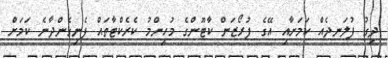
ދިގު ފުލަނދެއް ކަމަށާއި އޭގެ ފުރޯޒަން ކާޓޫންގެ މުހިންމު ކެރެކްޓާތައް ފެނިގެންދާނެ ކަމަށް